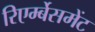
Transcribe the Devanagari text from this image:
रिएर्म्बेसमेंट